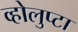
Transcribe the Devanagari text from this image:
व्होलुप्टा